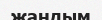
жандым